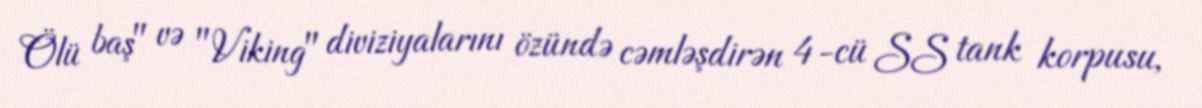
Ölü baş" və "Viking" diviziyalarını özündə cəmləşdirən 4-cü SS tank korpusu,